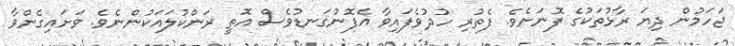
ޖަހަމުން ދިޔަ ރާޅުތަކުގެ ފޮނަށެވެ. ފެތުރި ހުދުވެފައިވާ އެފޮނުގަނޑުވެސް އޮތީ ރަންކުލައަކުންނެވެ. ވަށައިގެންވާ